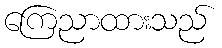
ကြေညာထားသည်